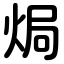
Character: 焗